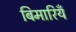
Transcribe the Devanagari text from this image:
बिमारियँ